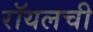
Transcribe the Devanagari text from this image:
रॉयलची